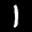
Label: 1